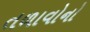
તળાવોનો